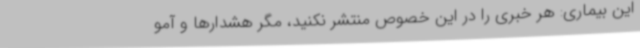
این بیماری: هر خبری را در این خصوص منتشر نکنید، مگر هشدارها و آمو